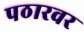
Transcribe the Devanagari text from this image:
पठारवर